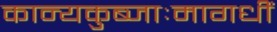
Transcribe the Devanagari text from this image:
कान्यकुब्जाःमागधीं